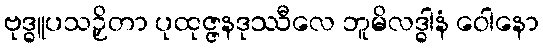
ဗုဒ္ဓူပသဉှိတာ ပုထုဇ္ဇနဒုဿီလေ ဘူမိလဒ္ဓါနံ ဝေါနော